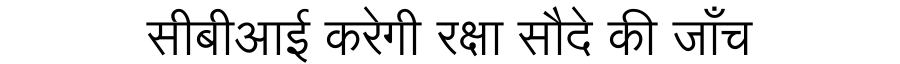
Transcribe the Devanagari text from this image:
सीबीआई करेगी रक्षा सौदे की जाँच